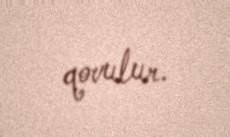
qovulur.